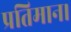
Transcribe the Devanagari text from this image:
प्रतिमान।